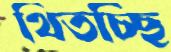
থিতচ্ছি